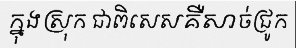
ក្នុងស្រុក ជាពិសេសគឺសាច់ជ្រូក